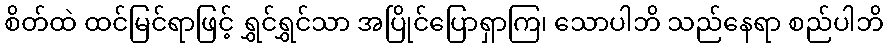
စိတ်ထဲ ထင်မြင်ရာဖြင့် ရွှင်ရွှင်သာ အပြိုင်ပြောရှာကြ၊ သောပါဘိ သည်နေရာ စည်ပါဘိ